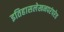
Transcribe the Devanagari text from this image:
इतिहासलेखनपरंपरेत